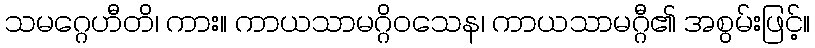
သမဂ္ဂေဟီတိ၊ ကား။ ကာယသာမဂ္ဂိဝသေန၊ ကာယသာမဂ္ဂီ၏ အစွမ်းဖြင့်။